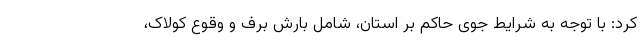
کرد: با توجه به شرایط جوی حاکم بر استان، شامل بارش برف و وقوع کولاک،